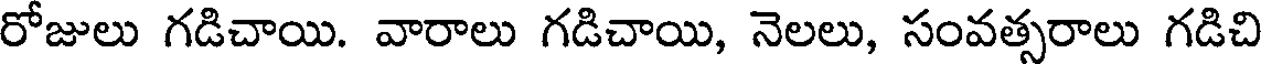
రోజులు గడిచాయి. వారాలు గడిచాయి, నెలలు, సంవత్సరాలు గడిచి